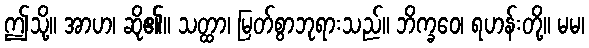
ဤသို့။ အာဟ၊ ဆို၏။ သတ္ထာ၊ မြတ်စွာဘုရားသည်။ ဘိက္ခဝေ၊ ရဟန်းတို့။ မမ၊